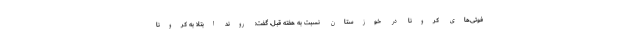
فوتی‌های کرونا در خوزستان نسبت به هفته قبل، گفت: روند ابتلا به کرونا